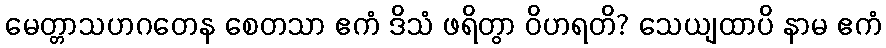
မေတ္တာသဟဂတေန စေတသာ ဧကံ ဒိသံ ဖရိတွာ ဝိဟရတိ? သေယျထာပိ နာမ ဧကံ